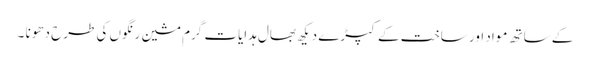
کے ساتھ مواد اور ساخت کے کپڑے دیکھ بھال ہدایات گرم مشین رنگوں کی طرح دھونا ۔